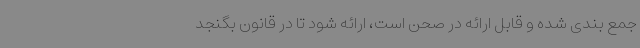
جمع بندی شده و قابل ارائه در صحن است، ارائه شود تا در قانون بگنجد